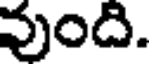
వుంది.